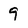
Character: q